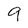
Character: 9